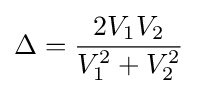
\Delta ={\frac {2V_{1}V_{2}}{V_{1}^{2}+V_{2}^{2}}}